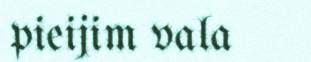
pieijim vala